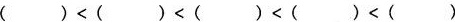
(1)89.32，89.2，89.2，89.223，89.223